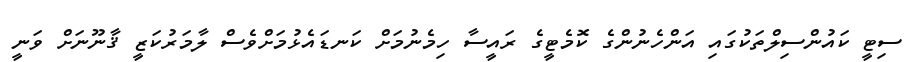
ސިޓީ ކައުންސިލްތަކުގައި އަންހެނުންގެ ކޮމެޓީގެ ރައީސާ ހިމެނުމަށް ކަނޑައެޅުމަށްވެސް ލާމަރުކަޒީ ޤާނޫނަށް ވަނީ